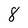
Character: 8